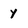
Character: Y